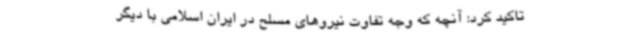
تاکید کرد: آنچه که وجه تفاوت نیروهای مسلح در ایران اسلامی با دیگر